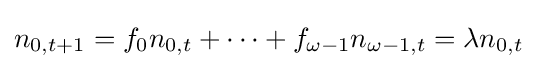
n_{0,t+1}=f_{0}n_{0,t}+\cdots +f_{\omega -1}n_{\omega -1,t}=\lambda n_{0,t}